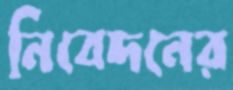
নিবেদনের